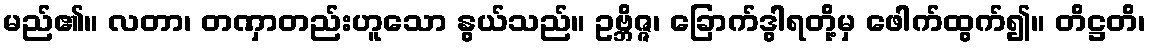
မည်၏။ လတာ၊ တဏှာတည်းဟူသော နွယ်သည်။ ဥဗ္ဘိဇ္ဇ၊ ခြောက်ဒွါရတို့မှ ဖေါက်ထွက်၍။ တိဋ္ဌတိ၊